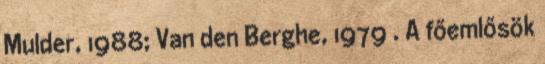
Mulder, 1988; Van den Berghe, 1979 . A főemlősök